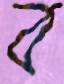
ব